system: You are a helpful assistant.
user:
Analyze the provided spectrum to determine if it is a **S-type Star**.

- **Key Indicators for S-type Star:**

    - **(Overall Spectrum Shape):** The first and most obvious characteristic is the overall continuum (the "baseline" shape). It is **extremely "red-sloping,"** meaning the flux (light intensity) is very low on the left side (blue, ~4000-4500 Å) and rises steeply and continuously toward the right side (red, ~7000 Å+).

    - **(Primary):** The spectrum is defined by the presence of strong, broad molecular absorption "valleys" (bands) from **Zirconium Oxide (ZrO)**. The identification of these bands is the **primary requirement** for classifying a star as S-type.
        - **(Key Bandheads):** You must find distinct, deep "dips" where the light has been absorbed. The most critical band systems to locate are:
            - **~6474 Å** ($\gamma$-system): This is often the strongest and clearest ZrO feature, found in the red part of the spectrum.
            - **~5718 Å** & **~5551 Å** ($\beta$-system): A pair of prominent absorption features in the yellow-orange part of the spectrum.
            - **~4640 Å** ($\alpha$-system): A key absorption band system in the blue-green region of the spectrum.

    - **(Secondary Confirmation):** The classification is strengthened by finding additional absorption bands from other related heavy element oxides, which are expected to be present alongside ZrO.
        - **(Key Bandheads):**
            - **Yttrium Oxide (YO):** Look for absorption dips near **~4800 Å** and **~6100 Å**.
            - **Lanthanum Oxide (LaO):** Additional absorption features, particularly in the red-orange part of the spectrum, are also characteristic.

    - **(Line Profile):** The combination of the steep red continuum and these numerous, deep molecular bands (ZrO, YO, etc.) gives the entire spectrum a very **"chopped-up"** or **"bumpy"** appearance. Instead of a smooth curve, the spectrum looks as though large, wide chunks of light have been "carved out" of it at the specific wavelengths listed above.

Think first, call **spectral_visualization_tool** if needed to examine features in detail, then provide your final answer. Your response must adhere to the following strict rules:
1.  **Overall Structure:** Your response must follow the format `<think>...</think> <tool_call>...</tool_call> (if a tool is used) <answer>...</answer>`.
2.  **Tool Usage Constraint:** You may only make **one** tool call per turn.
3.  **Final Answer Format:** In the `<answer>` tag, your conclusion must be inside a `\boxed{}` command (e.g., `\boxed{YES}` or `\boxed{NO}`), followed by your justification.

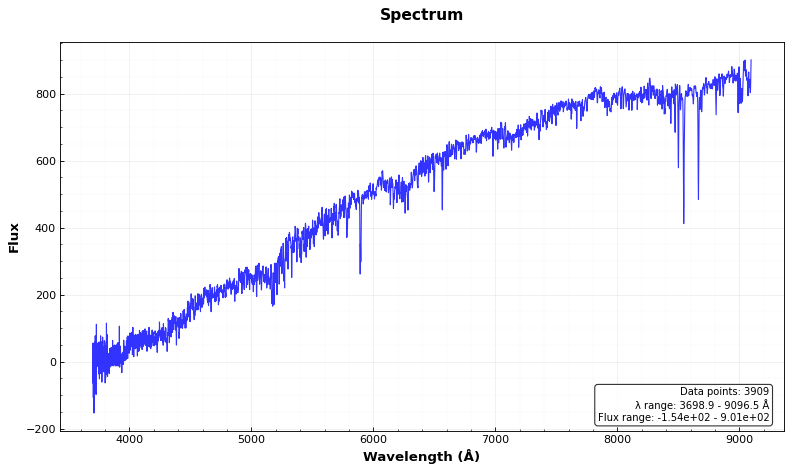
Answer: NO